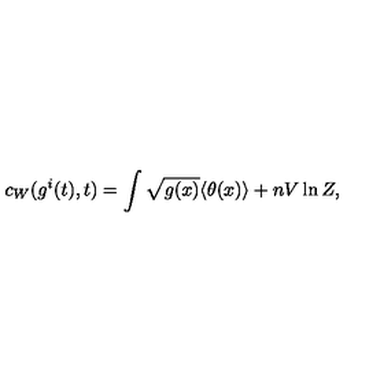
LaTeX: c _ { W } ( g ^ { i } ( t ) , t ) = \int \sqrt { g ( x ) } \langle \theta ( x ) \rangle + n V \ln Z ,